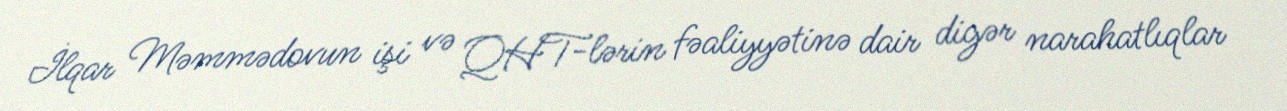
İlqar Məmmədovun işi və QHT-lərin fəaliyyətinə dair digər narahatlıqlar